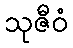
သုဇီဝံ